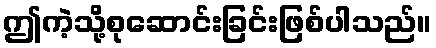
ဤကဲ့သို့စုဆောင်းခြင်းဖြစ်ပါသည်။